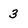
Character: 3